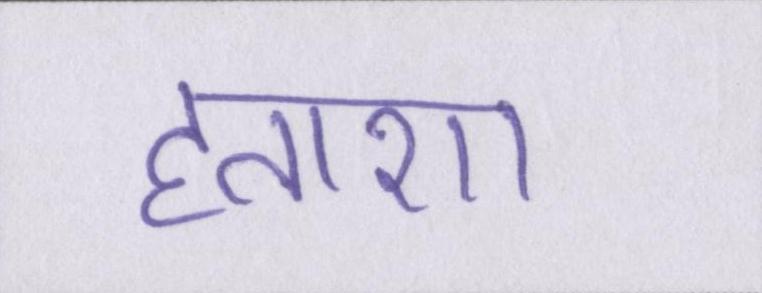
हताशा